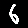
Digit: 6